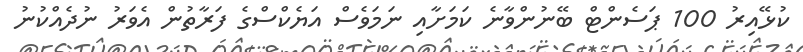
ކުޅޭއިރު 100 ޕަސެންޓް ބޭނުންވާނެ ކަމަށާއި ނަމަވެސް އަޔެކްސްގެ ފަރާތުން އެވަރު ނުދެއްކުނު